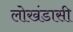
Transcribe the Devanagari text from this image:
लोखंडासी